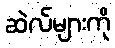
ဆဲလ်များကို